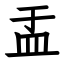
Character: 盂